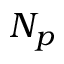
N _ { p }